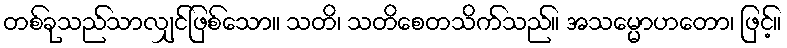
တစ်ခုသည်သာလျှင်ဖြစ်သော။ သတိ၊ သတိစေတသိက်သည်။ အသမ္မောဟတော၊ ဖြင့်။